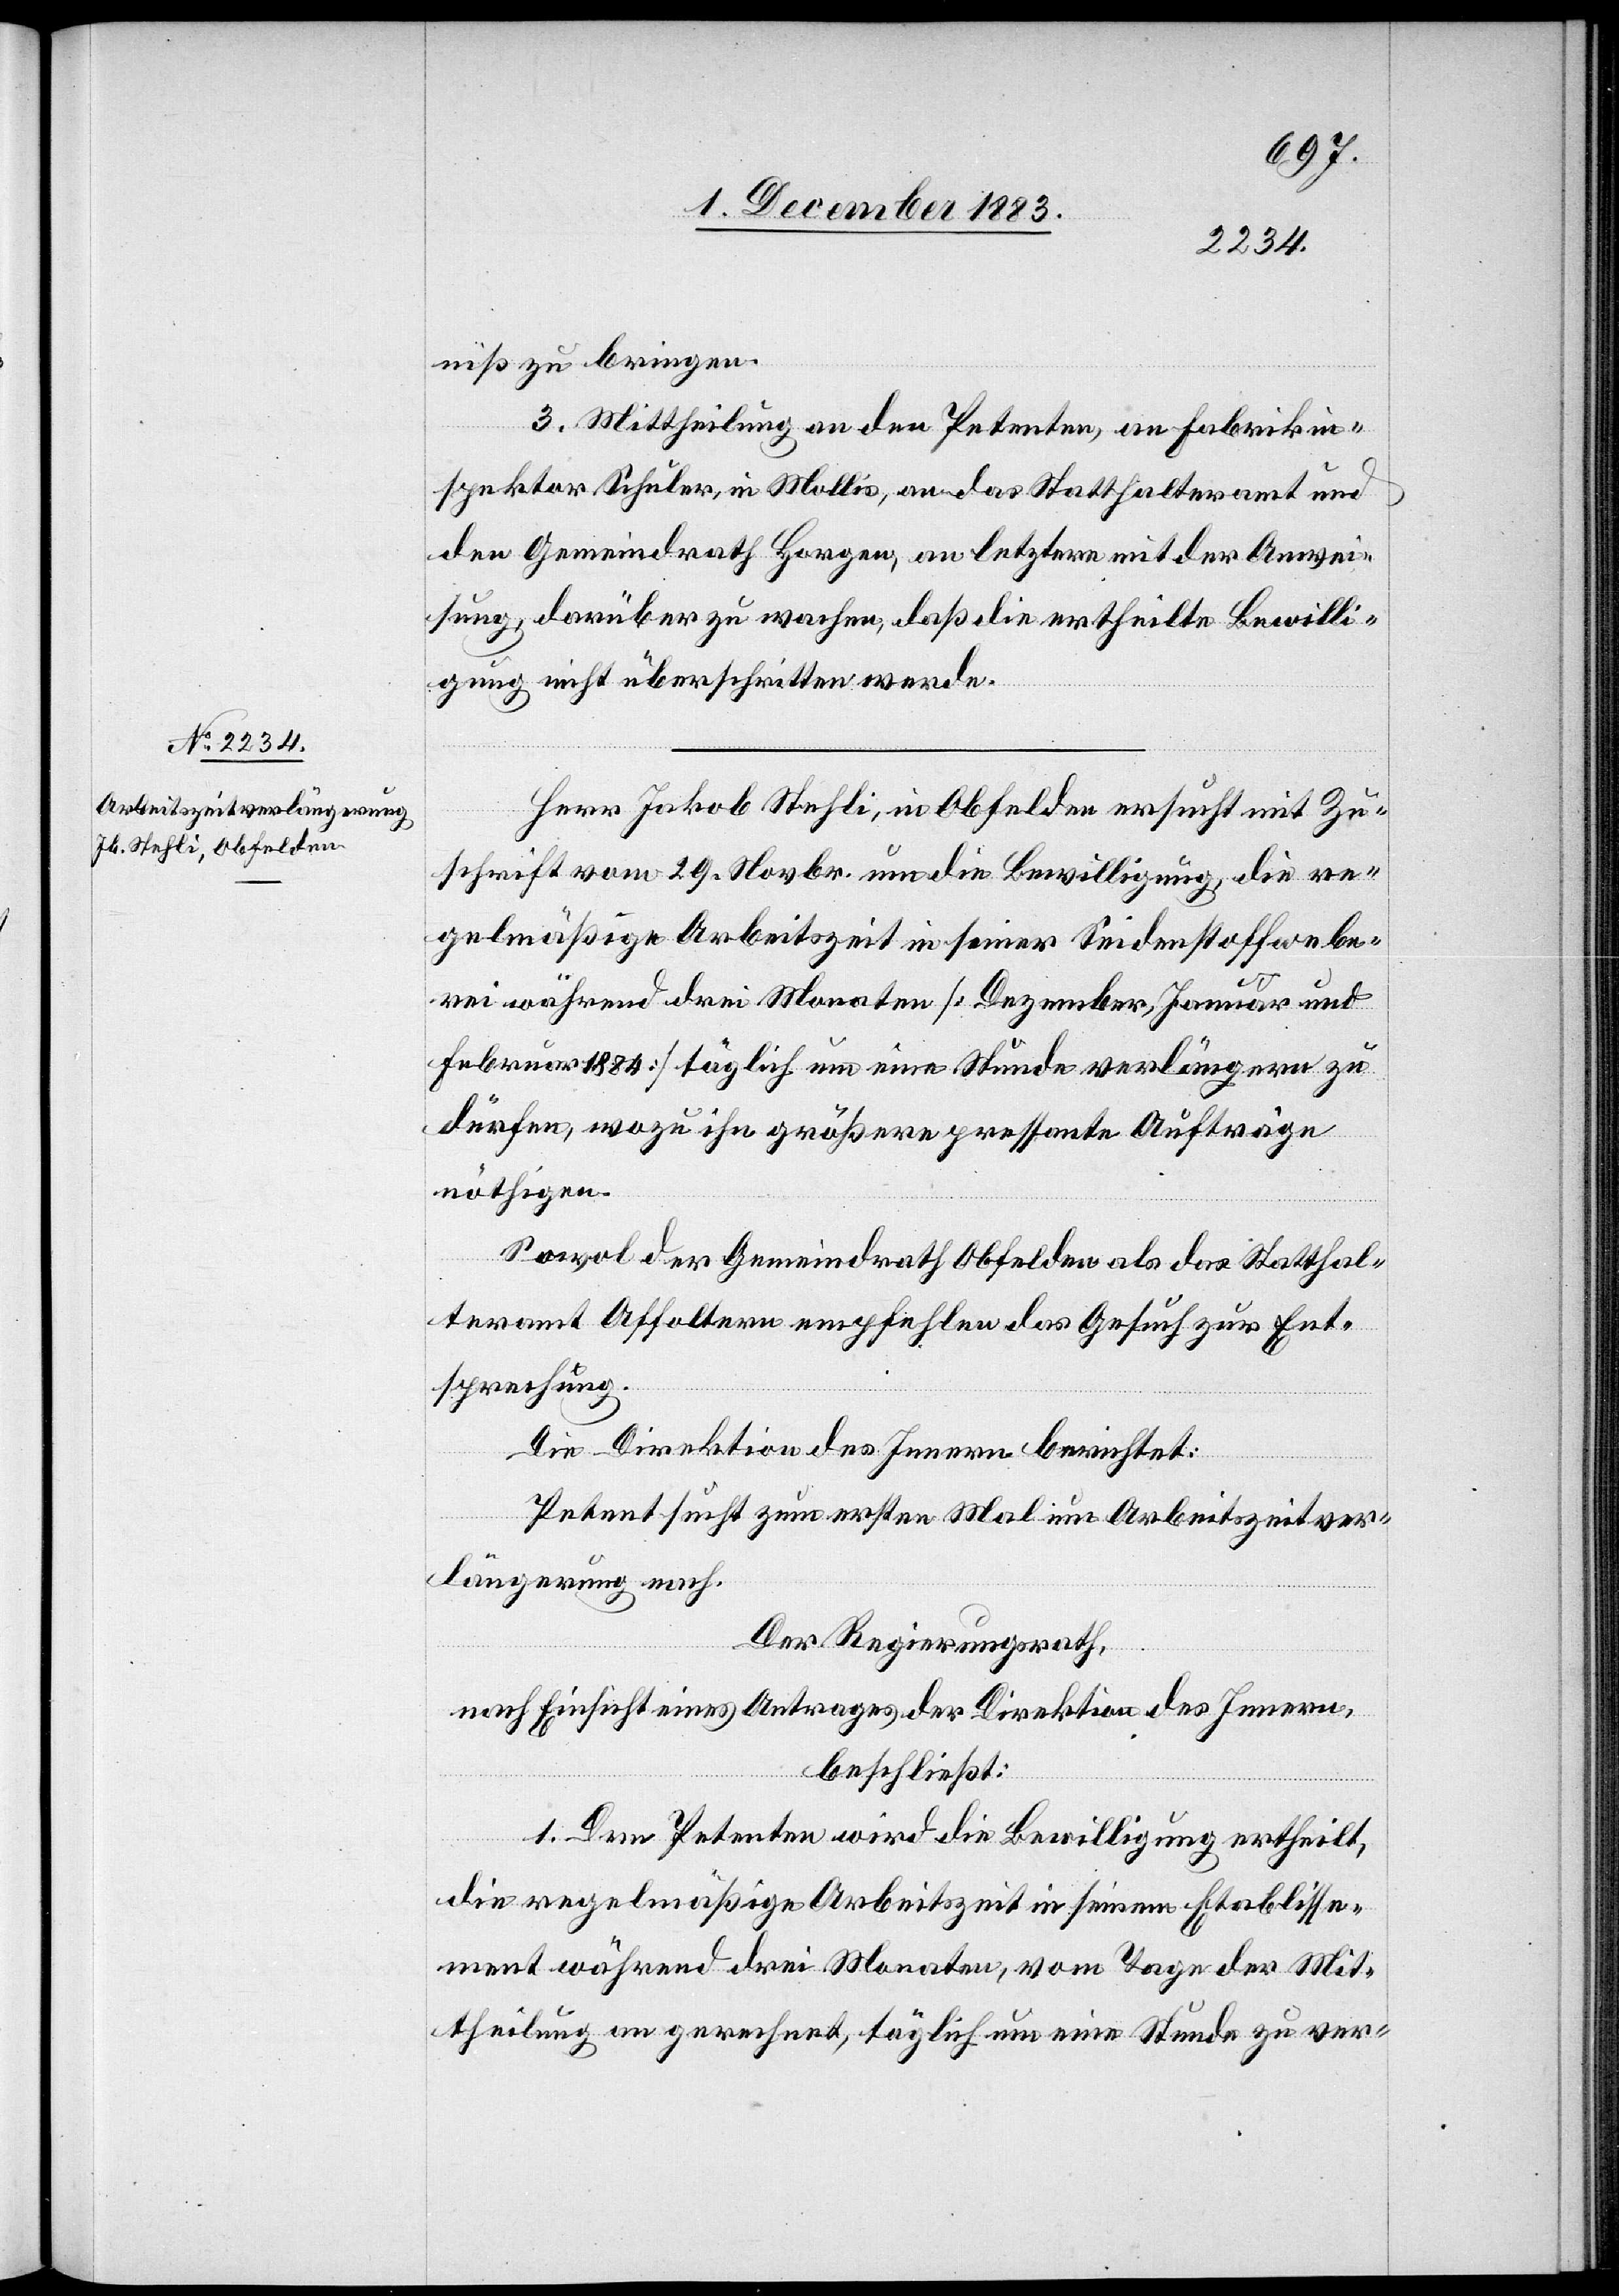
7. December 1883.]
niß zu bringen.
3. Mittheilung an den Petenten, an Fabrikin¬
spektor Schuler, in Mollis, an das Statthalteramt und
den Gemeindrath Horgen, an letztere mit der Anwei¬
sung, darüber zu wachen, daß die ertheilte Bewilli¬
gung nicht überschritten werde.
Herr Jakob Stehli, in Obfelden ersucht mit Zu¬
schrift vom 29. Novbr. um die Bewilligung, die re¬
gelmäßige Arbeitszeit in seiner Seidenstoffwebe¬
rei während drei Monaten [Dezember, Januar und
Februar 1884] täglich um eine Stunde verlängern zu
dürfen, wozu ihn größere pressante Aufträge
nöthigen.
Sowol der Gemeindrath Obfelden als das Statthal¬
teramt Affoltern empfehlen das Gesuch zur Ent¬
sprechung.
Die Direktion des Innern berichtet:
Petent sucht zum ersten Mal um Arbeitszeitver¬
längerung nach.
Der Regierungsrath,
nach Einsicht eines Antrages der Direktion des Innern,
beschließt:
1. Dem Petenten wird die Bewilligung ertheilt,
die regelmäßige Arbeitszeit in seinem Etablisse¬
ment während drei Monaten, vom Tage der Mit¬
theilung an gerechnet, täglich um eine Stunde zu ver-